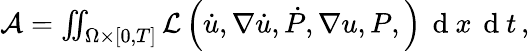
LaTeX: \begin{array}{r}{\mathcal{A}=\iint_{\Omega\times\left[0,T\right]}\mathcal{L}\left(\dot{u},\nabla\dot{u},\dot{P},\nabla u,P,\right)\, \mathrm{~d~}x\, \mathrm{~d~}t\, ,}\end{array}